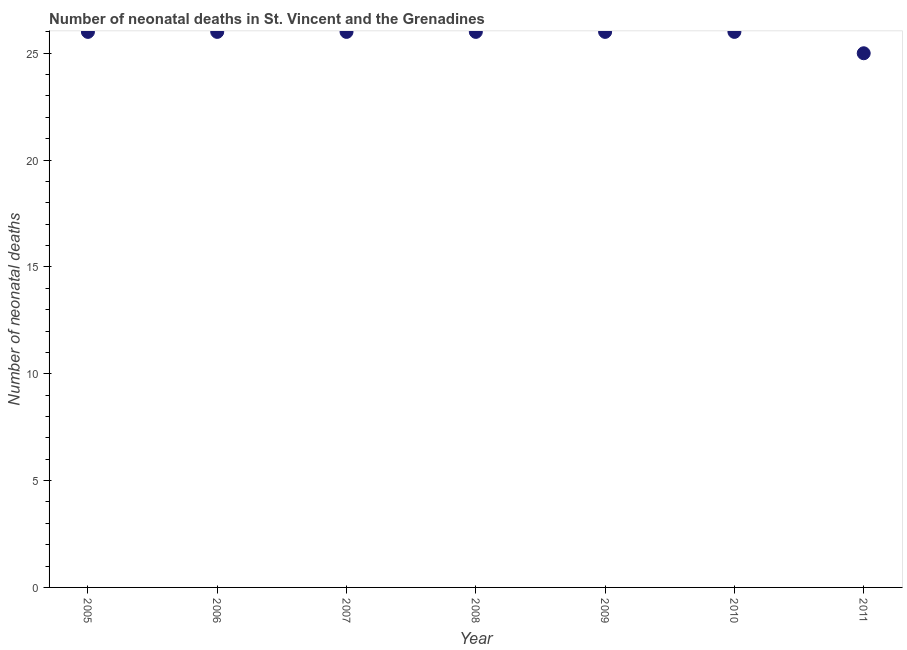
| Year | Neonatal deaths |
 | --- | --- |
 | 2005 | 26 |
 | 2006 | 26 |
 | 2007 | 26 |
 | 2008 | 26 |
 | 2009 | 26 |
 | 2010 | 26 |
 | 2011 | 25 |